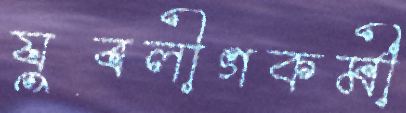
যুবলীগকর্মী